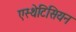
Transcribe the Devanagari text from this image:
एस्थेटिसियन